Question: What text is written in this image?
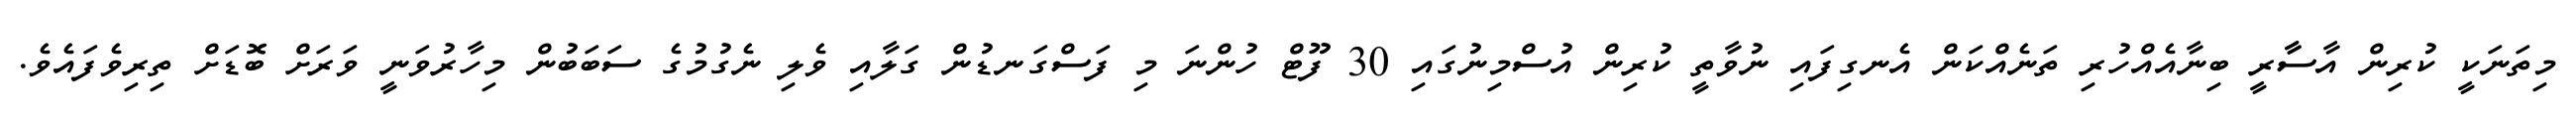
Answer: މިތަނަކީ ކުރިން އާސާާރީ ބިނާއެއްހުރި ތަނެއްކަން އެނގިފައި ނުވާތީ ކުރިން އުސްމިނުގައި 30 ފޫޓް ހުންނަ މި ފަސްގަނޑުން ގަލާއި ވެލި ނެގުމުގެ ސަބަބުން މިހާރުވަނީ ވަރަށް ބޮޑަށް ތިރިވެފައެވެ.